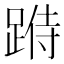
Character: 𨂄